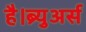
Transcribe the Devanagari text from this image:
है।ब्र्युअर्स